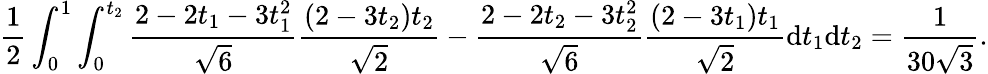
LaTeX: \frac{1}{2}\int_{0}^{1}\int_{0}^{t_{2}}\frac{2-2t_{1}-3t_{1}^{2}}{\sqrt{6}}\frac{(2-3t_{2})t_{2}}{\sqrt{2}}-\frac{2-2t_{2}-3t_{2}^{2}}{\sqrt{6}}\frac{(2-3t_{1})t_{1}}{\sqrt{2}}\mathrm{d}t_{1}\mathrm{d}t_{2}=\frac{1}{30\sqrt{3}}.